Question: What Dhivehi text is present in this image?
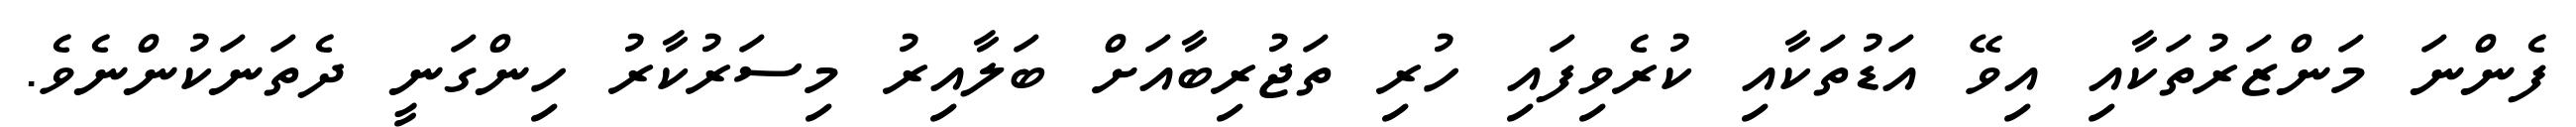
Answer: ފެންނަ މަންޒަރުތަކާއި އިވޭ އަޑުތަކާއި ކުރެވިފައި ހުރި ތަޖުރިބާއަށް ބަލާއިރު މިސަރުކާރު ހިންގަނީ ދެތަނަކުންނެވެ.